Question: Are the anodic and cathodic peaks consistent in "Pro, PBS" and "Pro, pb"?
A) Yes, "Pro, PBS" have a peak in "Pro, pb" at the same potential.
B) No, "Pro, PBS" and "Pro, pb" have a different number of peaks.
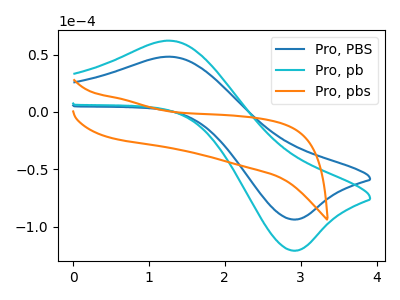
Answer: <think>The blue curve "Pro, PBS" has an anodic peak at (1.30V, 48.20uA) and a cathodic peak at (2.90V, -93.75uA). The cyan curve "Pro, pb" has an anodic peak at (1.30V, 62.15uA) and a cathodic peak at (2.90V, -120.90uA). The orange curve "Pro, pbs" has no peaks.</think>
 <answer>A) Yes, "Pro, PBS" have a peak in "Pro, pb" at the same potential.</answer>
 <eval>A</eval>